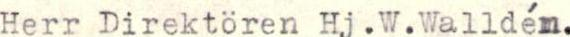
Herr Direktören Hj.W.Walldén.